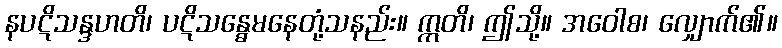
နပဋိသန္ဒဟတိ၊ ပဋိသန္ဓေမနေတုံ့သနည်း။ ဣတိ၊ ဤသို့။ အဝေါစ၊ လျှောက်၏။